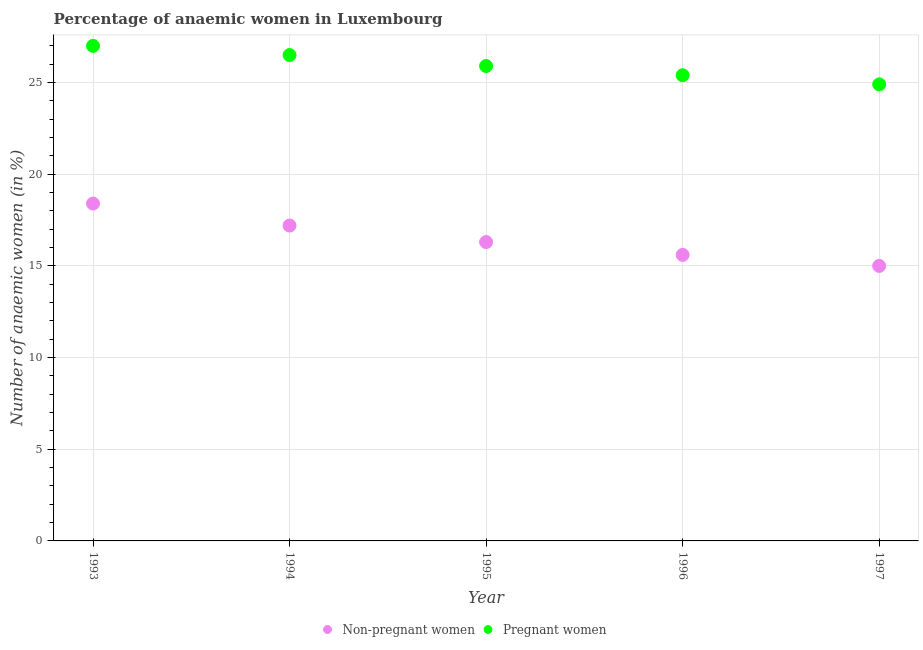
| Year | Non-pregnant women | Pregnant women |
 | --- | --- | --- |
 | 1993 | 18.4 | 27 |
 | 1994 | 17.2 | 26.5 |
 | 1995 | 16.3 | 25.9 |
 | 1996 | 15.6 | 25.4 |
 | 1997 | 15 | 24.9 |